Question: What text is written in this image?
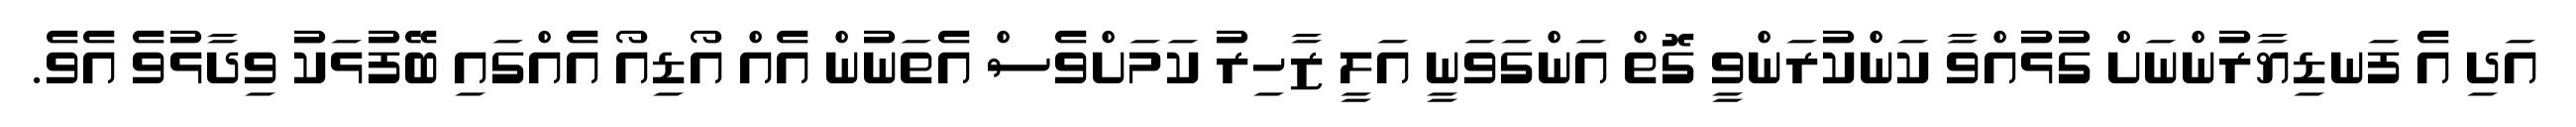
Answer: އަދި އެ ފަނޑިޔާރުންނަށް ގުޅުއްވާ ކަންކުރަންވީ ގޮތް އަންގަވަނީ އަލީ ޒާހިރު ކަމަށްވެސް އެތަނުން އެއް އޯޑިއޯ އެއްގައި ބޭފުޅަކު ވިދާޅުވެ އެވެ.